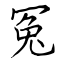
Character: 冤